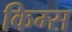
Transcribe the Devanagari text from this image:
किम्स